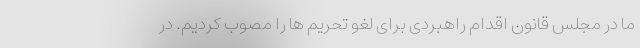
ما در مجلس قانون اقدام راهبردی برای لغو تحریم ها را مصوب کردیم. در